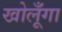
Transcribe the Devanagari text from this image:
खोलूँगा